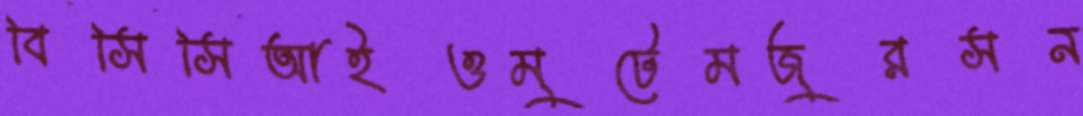
বিসিসিআইওমুটেমজুরসন